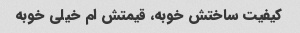
کیفیت ساختش خوبه، قیمتش ام خیلی خوبه